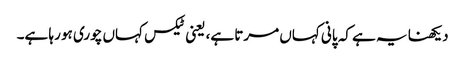
دیکھنا یہ ہے کہ پانی کہاں مرتا ہے، یعنی ٹیکس کہاں چوری ہو رہا ہے۔